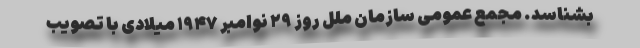
بشناسد. مجمع عمومی سازمان ملل روز ۲۹ نوامبر ۱۹۴۷ میلادی با تصویب